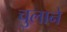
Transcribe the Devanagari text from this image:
चुलाने